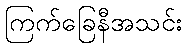
ကြက်ခြေနီအသင်း